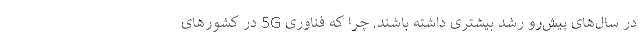
در سال‌های پیش‌رو رشد بیشتری داشته باشند. چرا که فناوری 5G در کشورهای